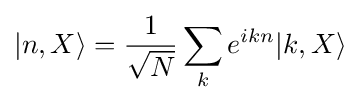
|n,X\rangle ={\frac {1}{\sqrt {N}}}\sum _{k}e^{ikn}|k,X\rangle